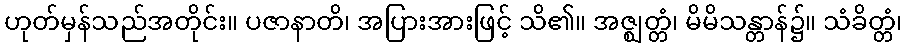
ဟုတ်မှန်သည်အတိုင်း။ ပဇာနာတိ၊ အပြားအားဖြင့် သိ၏။ အဇ္ဈတ္တံ၊ မိမိသန္တာန်၌။ သံခိတ္တံ၊